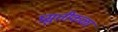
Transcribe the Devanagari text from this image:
प्रसुतीकळा